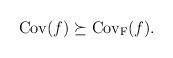
LaTeX: \begin{align*}{\rm Cov}(f)\succeq{\rm Cov_F}(f) .\end{align*}